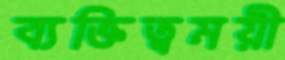
ব্যক্তিত্বময়ী